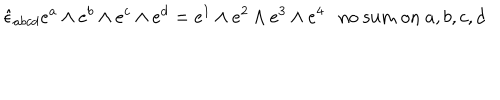
\hat { \epsilon } _ { a b c d } e ^ { a } \wedge e ^ { b } \wedge e ^ { c } \wedge e ^ { d } = e ^ { 1 } \wedge e ^ { 2 } \wedge e ^ { 3 } \wedge e ^ { 4 } \mathrm { n o ~ s u m ~ o n } ~ a , b , c , d